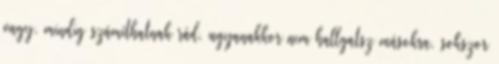
vagy, mindig számíthatnak rád, ugyanakkor nem hallgatsz másokra, sokszor